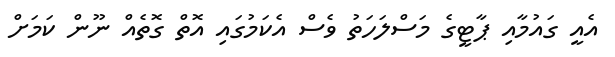
އެއީ ގައުމާއި ޕާޓީގެ މަސްލަހަތު ވެސް އެކަމުގައި އޮތް ގޮތެއް ނޫން ކަމަށް